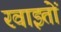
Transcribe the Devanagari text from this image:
रवाइतों